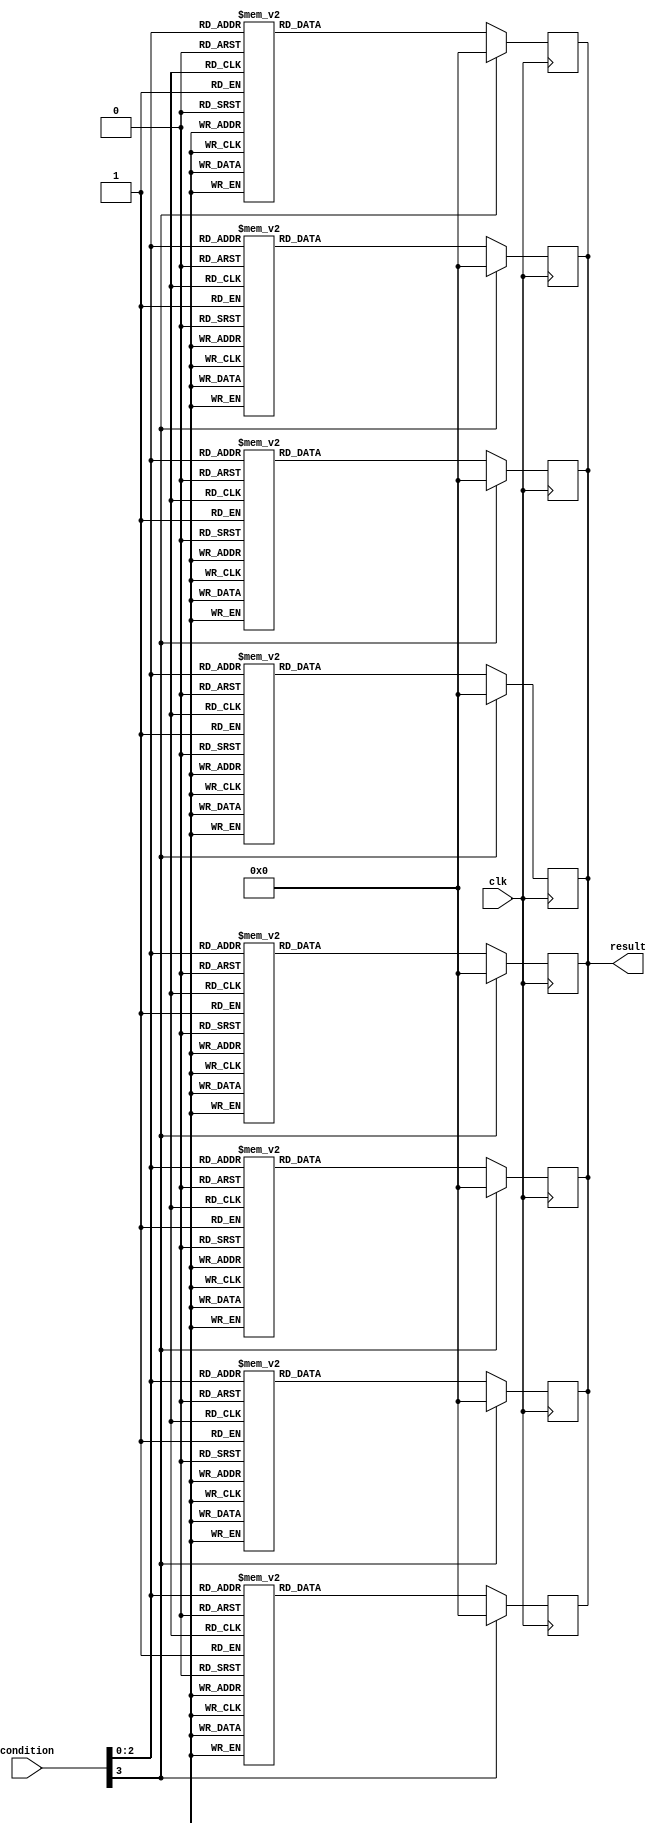
module generate_function_example(
    input wire clk,
    input wire [3:0] condition,
    output reg [7:0] result
);

genvar i;

generate
    for (i = 0; i < 8; i = i + 1) begin
        always @(posedge clk) begin
            case (condition)
                4'b0000: result <= i;
                4'b0001: result <= i * 2;
                4'b0010: result <= i * 3;
                4'b0011: result <= i * 4;
                4'b0100: result <= i * 5;
                4'b0101: result <= i * 6;
                4'b0110: result <= i * 7;
                4'b0111: result <= i * 8;
                default: result <= 8'b0;
            endcase
        end
    end
endgenerate

endmodule